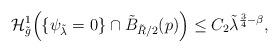
LaTeX: \begin{align*} \mathcal H_{\tilde g} ^1 \Big ( \{ \psi_{\tilde \lambda} =0 \} \cap \tilde B_{\tilde R/2}(p) \Big ) \leq C_2 {\tilde \lambda} ^{\frac{3}{4} -\beta },\end{align*}